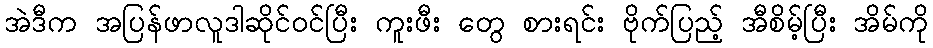
အဲဒီက အပြန်ဖာလူဒါဆိုင်ဝင်ပြီး ကူးဖီး တွေ စားရင်း ဗိုက်ပြည့် အီစိမ့်ပြီး အိမ်ကို